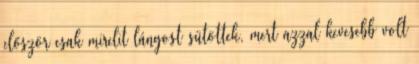
először csak mirelit lángost sütöttek, mert azzal kevesebb volt